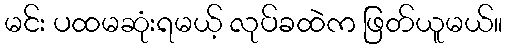
မင်း ပထမဆုံးရမယ့် လုပ်ခထဲက ဖြတ်ယူမယ်။